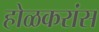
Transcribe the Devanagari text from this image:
होळकरांस